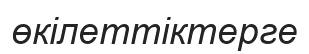
өкілеттіктерге